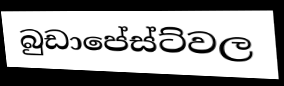
බුඩාපේස්ට්වල